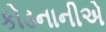
કોડનાનીએ